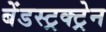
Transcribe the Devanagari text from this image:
बेंडस्ट्रक्ट्रेन